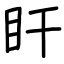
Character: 盰